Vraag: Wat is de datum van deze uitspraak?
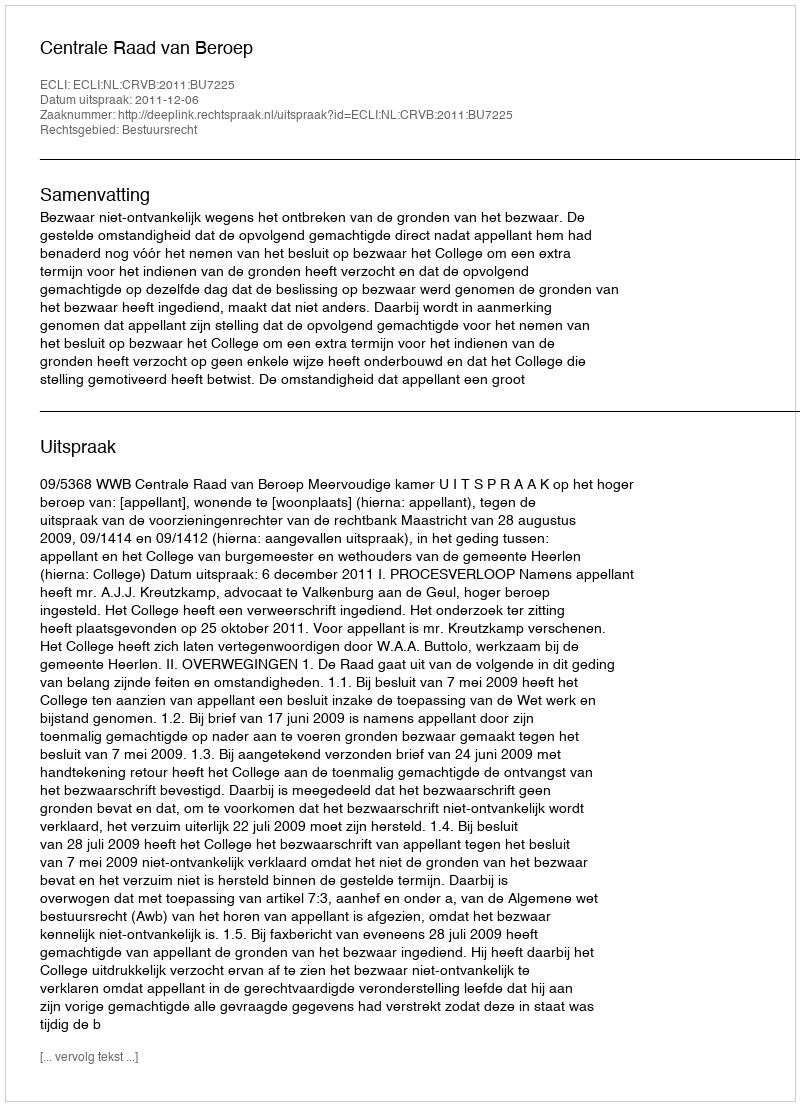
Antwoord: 2011-12-06